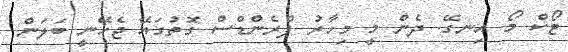
ޓޯކް މޯ އިނގޭ. ދެން މީ މިހާރު ފްރެންޑްސް ގޮތުގައޭ ޖެހޭނީ ބަލަން